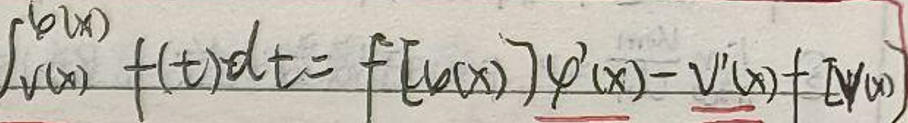
$\int_{v(x)}^{u(x)}f(t)dt=f[u(x)]\varphi(x)-v'(x)+[v(x)]$